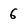
Character: 6